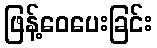
ဖြန့်ဝေပေးခြင်း